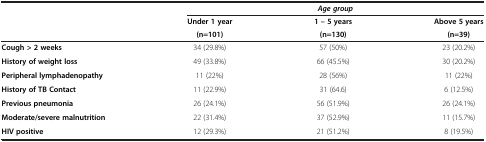
<table><thead><tr><td><b> </b></td><td colspan="3"><b><i>Age group</i></b></td></tr><tr><td><b> </b></td><td><b>Under 1 year</b></td><td><b>1 – 5 years</b></td><td><b>Above 5 years</b></td></tr><tr><td><b> </b></td><td><b>(n=101)</b></td><td><b>(n=130)</b></td><td><b>(n=39)</b></td></tr></thead><tbody><tr><td><b>Cough &gt; 2 weeks</b></td><td>34 (29.8%)</td><td>57 (50%)</td><td>23 (20.2%)</td></tr><tr><td><b>History of weight loss</b></td><td>49 (33.8%)</td><td>66 (45.5%)</td><td>30 (20.2%)</td></tr><tr><td><b>Peripheral lymphadenopathy</b></td><td>11 (22%)</td><td>28 (56%)</td><td>11 (22%)</td></tr><tr><td><b>History of TB Contact</b></td><td>11 (22.9%)</td><td>31 (64.6)</td><td>6 (12.5%)</td></tr><tr><td><b>Previous pneumonia</b></td><td>26 (24.1%)</td><td>56 (51.9%)</td><td>26 (24.1%)</td></tr><tr><td><b>Moderate/severe malnutrition</b></td><td>22 (31.4%)</td><td>37 (52.9%)</td><td>11 (15.7%)</td></tr><tr><td><b>HIV positive</b></td><td>12 (29.3%)</td><td>21 (51.2%)</td><td>8 (19.5%)</td></tr></tbody></table>